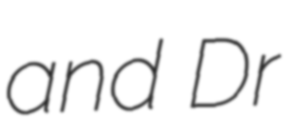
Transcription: and Dr